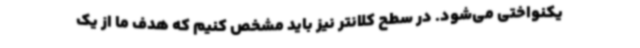
یکنواختی می‌شود. در سطح کلانتر نیز باید مشخص کنیم که هدف ما از یک